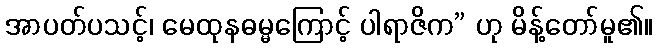
အာပတ်ပသင့်၊ မေထုနဓမ္မကြောင့် ပါရာဇိက” ဟု မိန့်တော်မူ၏။